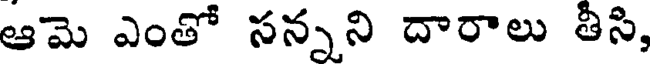
ఆమె ఎంతో సన్నని దారాలు తీసి,